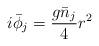
LaTeX: \begin{align*}i \bar{\phi}_j = \frac{g \bar{n}_j}{4} r^2\end{align*}